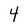
Character: 4